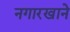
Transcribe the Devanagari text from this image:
नगारखाने